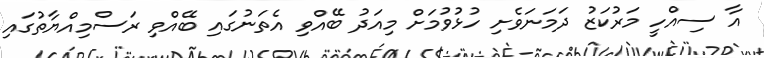
އާ ސިއްހީ މަރުކަޒު ދަމަނަވެށި ހުޅުވުމަށް މިއަދު ބޭއްވި އެތަނުގައި ބޭއްވި ރަސްމިއްޔާތުގައި